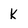
Character: k